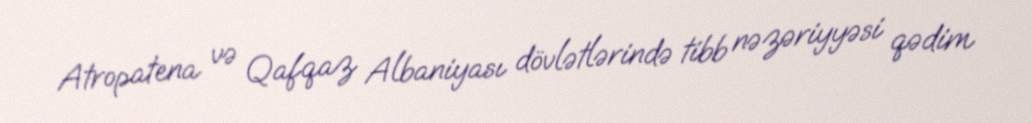
Atropatena və Qafqaz Albaniyası dövlətlərində tibb nəzəriyyəsi qədim